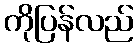
ကိုပြန်လည်